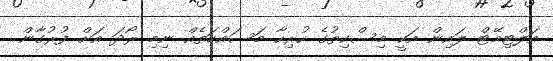
އަލްޓިމޭޓް ލައިން އަކީ މިސްކިތުގެ ހުރިހާ މަސައްކަތެއް ނިމި ރޯދަ އަށް ފުރުގާން